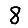
Digit: 8